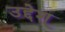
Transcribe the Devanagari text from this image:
उद्देश्